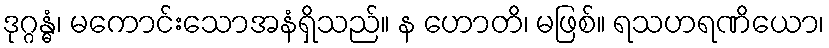
ဒုဂ္ဂန္ဓံ၊ မကောင်းသောအနံရှိသည်။ န ဟောတိ၊ မဖြစ်။ ရသဟရဏိယော၊